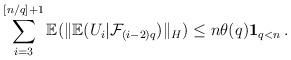
LaTeX: \begin{align*}\sum_{i=3}^{[n/q]+1}{\mathbb E}( \|{\mathbb E}(U_i|{\mathcal F}_{(i-2)q})\|_H)\leq n \theta(q) {\bf 1}_{q<n} \, .\end{align*}